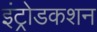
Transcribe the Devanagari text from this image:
इंट्रोडकशन